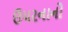
ઉપરનાનો